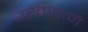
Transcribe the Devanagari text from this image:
उस्ताहाणे